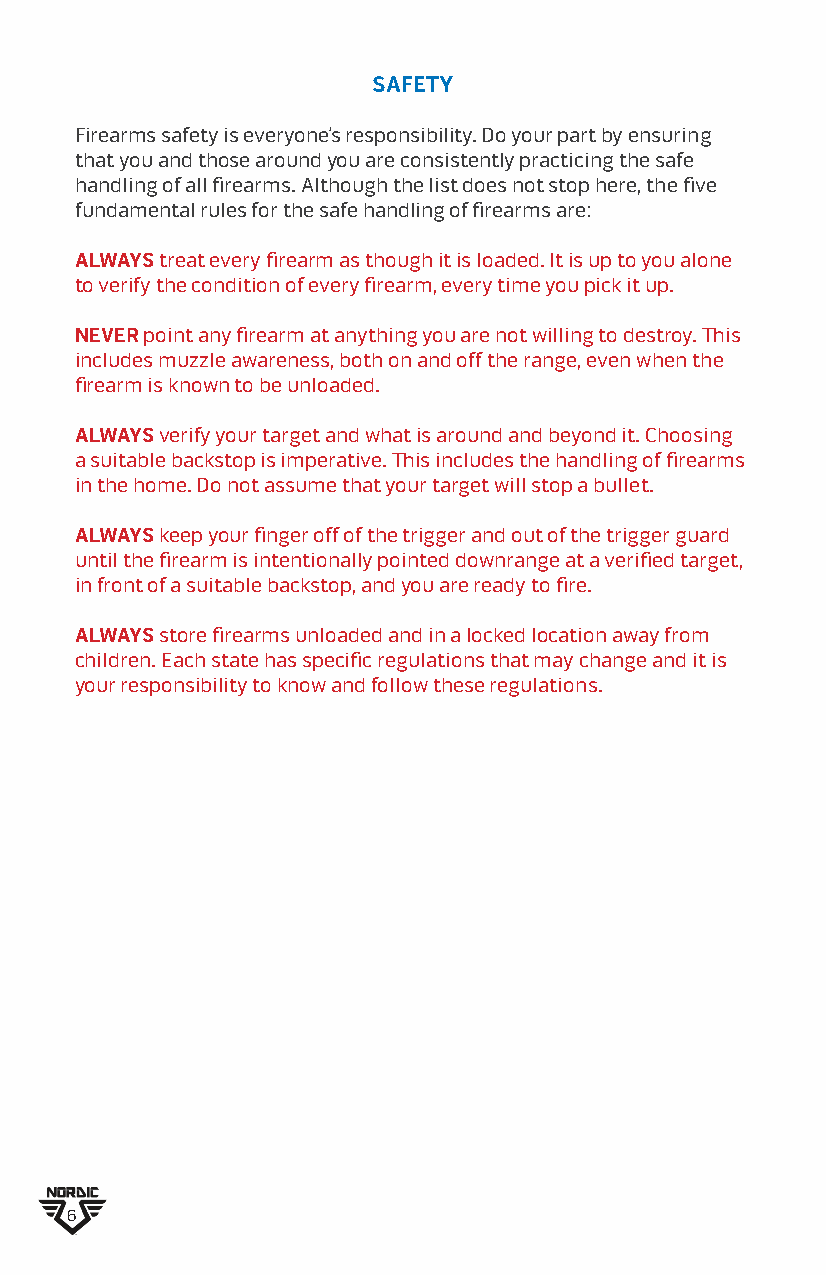
SAFETY
 Firearms safety is everyone’s responsibility. Do your part by ensuring
 that you and those around you are consistently practicing the safe
 handling of all firearms. Although the list does not stop here, the five
 fundamental rules for the safe handling of firearms are:
 ALWAYS treat every firearm as though it is loaded. It is up to you alone
 to verify the condition of every firearm, every time you pick it up.
 NEVER point any firearm at anything you are not willing to destroy. This
 includes muzzle awareness, both on and off the range, even when the
 firearm is known to be unloaded.
 ALWAYS verify your target and what is around and beyond it. Choosing
 a suitable backstop is imperative. This includes the handling of firearms
 in the home. Do not assume that your target will stop a bullet.
 ALWAYS keep your finger off of the trigger and out of the trigger guard
 until the firearm is intentionally pointed downrange at a verified target,
 in front of a suitable backstop, and you are ready to fire.
 ALWAYS store firearms unloaded and in a locked location away from
 children. Each state has specific regulations that may change and it is
 your responsibility to know and follow these regulations.
 6